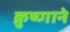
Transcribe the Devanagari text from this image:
क्रुष्णाने